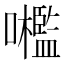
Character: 𡅋